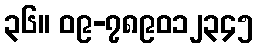
၃၆။ ၀၉-၇၈၉၀၁၂၃၄၅